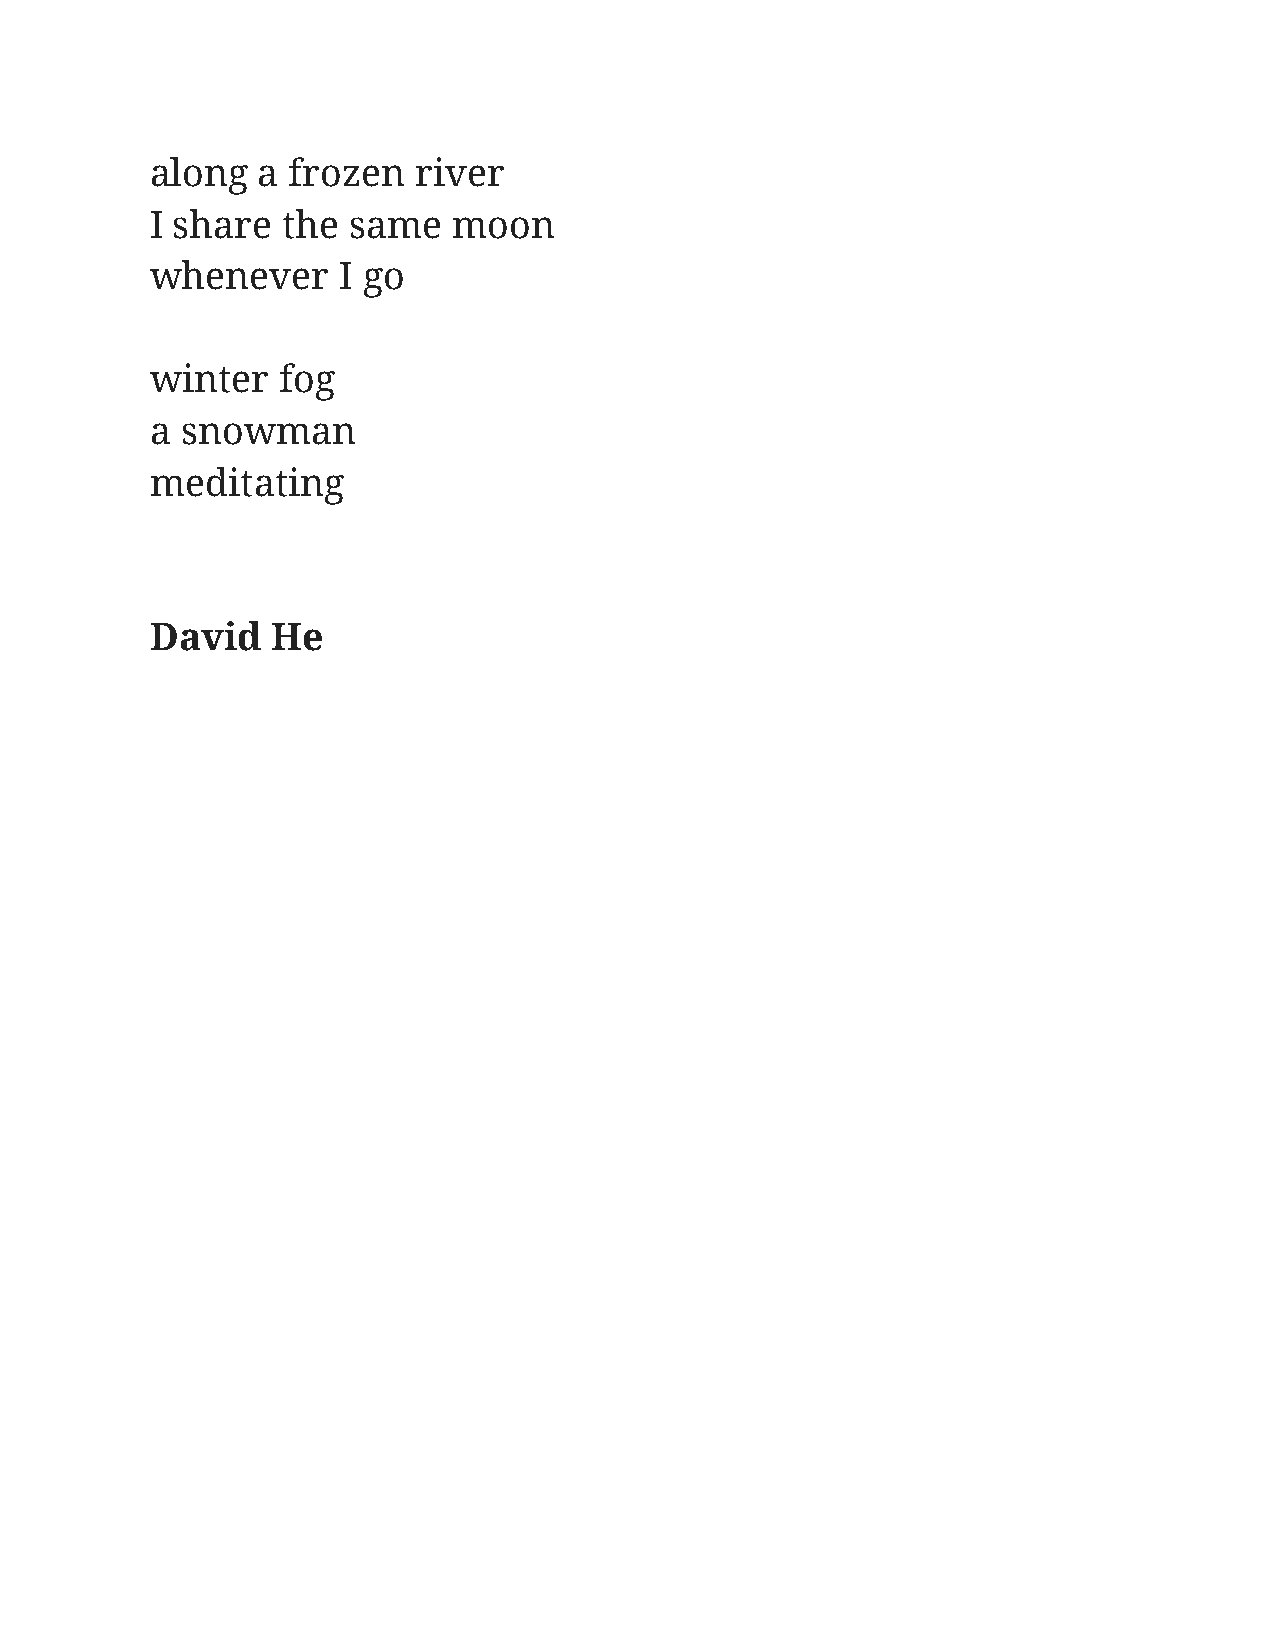
along  a frozen   river
 I share  the same   moon
 whenever    I go
 winter  fog
 a snowman
 meditating
 David   He